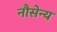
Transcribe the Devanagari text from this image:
नौसेन्य